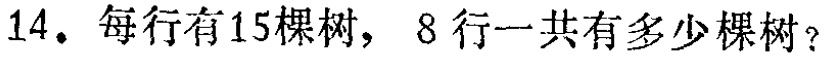
14. 每行有15棵树，8行一共有多少棵树？